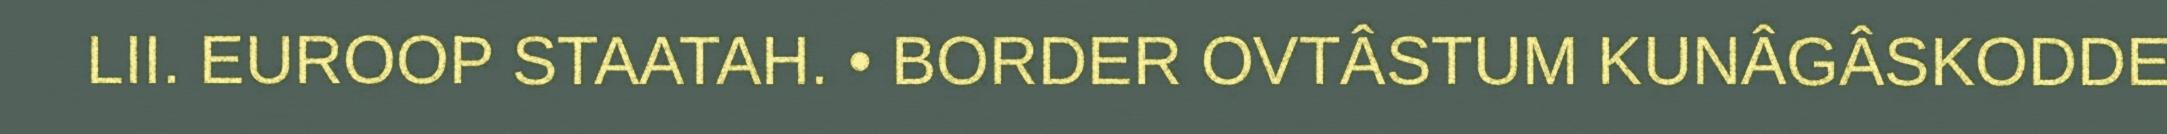
LII. EUROOP STAATAH. • BORDER OVTÂSTUM KUNÂGÂSKODDE‎